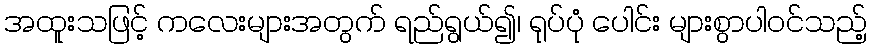
အထူးသဖြင့် ကလေးများအတွက် ရည်ရွယ်၍၊ ရုပ်ပုံ ပေါင်း များစွာပါဝင်သည့်